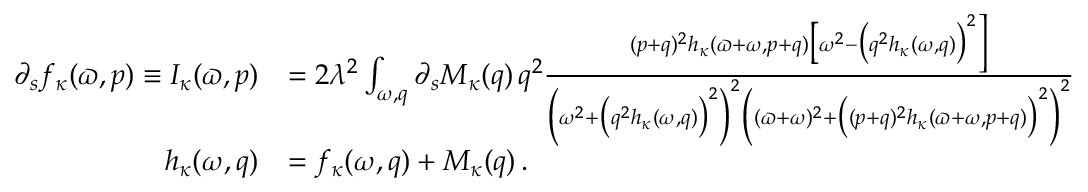
\begin{array} { r l } { \partial _ { s } f _ { \kappa } ( \varpi , p ) \equiv { \cal I } _ { \kappa } ( \varpi , p ) } & { = 2 \lambda ^ { 2 } \int _ { \omega , q } \partial _ { s } M _ { \kappa } ( q ) \, q ^ { 2 } \frac { ( p + q ) ^ { 2 } h _ { \kappa } ( \varpi + \omega , p + q ) \big [ \omega ^ { 2 } - \big ( q ^ { 2 } h _ { \kappa } ( \omega , q ) \big ) ^ { 2 } \Big ] } { \Big ( \omega ^ { 2 } + \big ( q ^ { 2 } h _ { \kappa } ( \omega , q ) \big ) ^ { 2 } \Big ) ^ { 2 } \Big ( ( \varpi + \omega ) ^ { 2 } + \big ( ( p + q ) ^ { 2 } h _ { \kappa } ( \varpi + \omega , p + q ) \big ) ^ { 2 } \Big ) ^ { 2 } } \, } \\ { h _ { \kappa } ( \omega , q ) } & { = f _ { \kappa } ( \omega , q ) + M _ { \kappa } ( q ) \, . } \end{array}